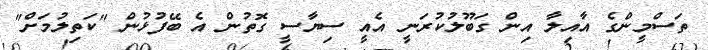
ތަސްމީންގެ އާއިލާ އިން ގަބޫލުކުރަނީ އެއީ ސިޔާސީ ގޮތުން އެ ބޭފުޅުން "ކަތިލުމަށް"